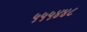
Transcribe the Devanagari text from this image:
५५५४४८